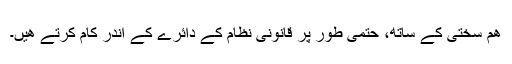
ھم سختی کے ساتھ، حتمی طور پر قانونی نظام کے دائرے کے اندر کام کرتے ھيں۔